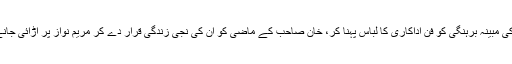
لیکن وینا ملک، ان کے حامیوں اور انصافی برگیڈ سے درخواست کرتا ہوں کہ وینا ملک کی کسی قسم کی مبینہ برہنگی کو فن اداکاری کا لباس پہنا کر، خان صاحب کے ماضی کو ان کی نجی زندگی قرار دے کر مریم نواز پر اڑائی جانے والی کیچڑ کے لیے آپ ہی کوئی جواز بتلا دیجئے کہ میں آپ لوگوں کے لیے احترام برقرار رکھوں؟